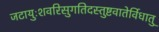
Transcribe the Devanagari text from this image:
जटायुःशवरिसुगतिदस्तुष्टवातेर्विधातु